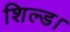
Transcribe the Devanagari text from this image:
शिल्ड।